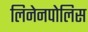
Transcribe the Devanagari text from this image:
लिनेनपोलिस